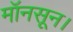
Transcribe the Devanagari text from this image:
मॉनसून।